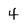
Character: 4